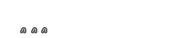
١٠٩